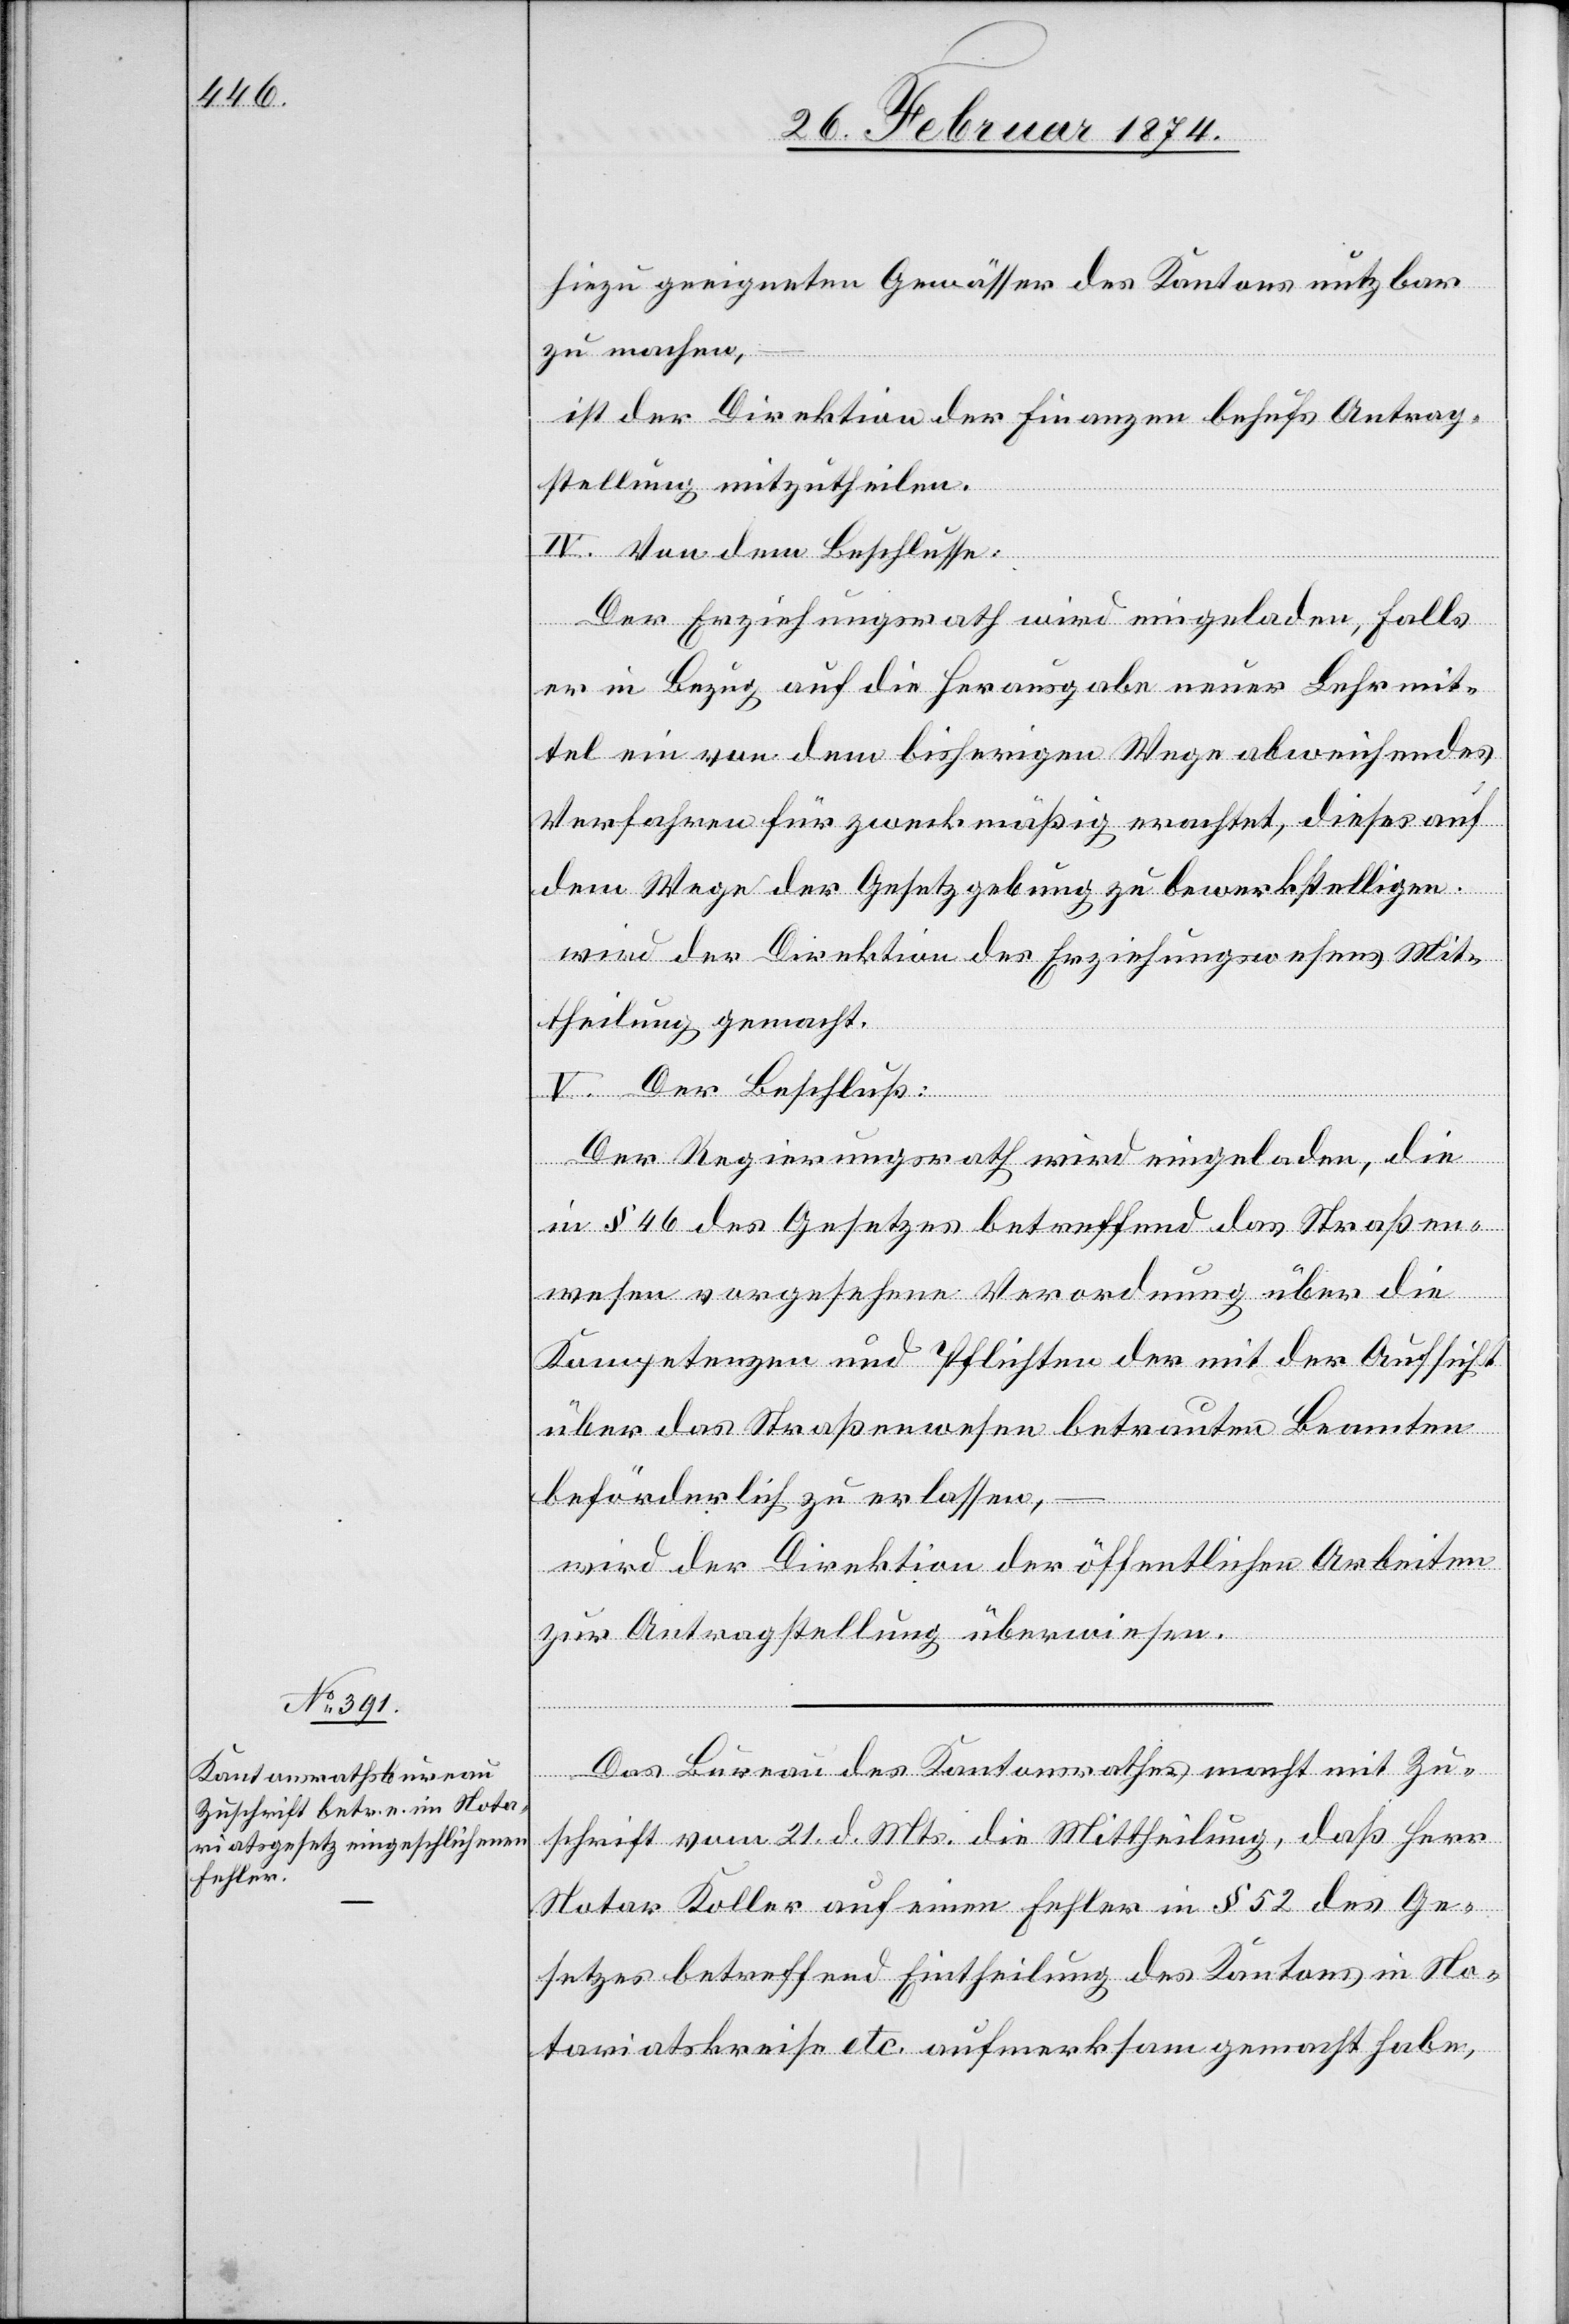
hiezu geeigneten Gewässer des Kantons nutzbar
zu machen,
ist der Direktion der Finanzen behufs Antrag¬
stellung mitzutheilen.
IV. Von dem Beschlusse:
Der Erziehungsrath wird eingeladen, falls
er in Bezug auf die Herausgabe neuer Lehrmit¬
tel ein von dem bisherigen Wege abweichendes
Verfahren für zweckmäßig erachtet, dieses auf
dem Wege der Gesetzgebung zu bewerkstelligen.
wird der Direktion des Erziehungswesens Mit¬
theilung gemacht.
V. Der Beschluß:
Der Regierungsrath wird eingeladen die
in § 46 des Gesetzes betreffend des Straßen¬
wesen vorgesehene Verordnung über die
Kompetenzen und Pflichten der mit der Aufsicht
über das Straßenwesen betrauten Beamten
beförderlich zu erlassen,
wird der Direktion der öffentlichen Arbeiten
zur Antragstellung überwiesen.
Das Bureau des Kantonsrathes macht mit Zu¬
schrift vom 21. d. Mts. die Mittheilung, daß Herr
Notar Koller auf einen Fehler in § 52 des Ge¬
setzes betreffend Eintheilung des Kantons in No¬
tariatskreise etc. aufmerksam gemacht habe,